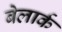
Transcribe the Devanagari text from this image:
बेलार्क